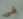
فى